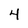
Character: 4